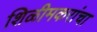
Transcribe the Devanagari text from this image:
शिळीमकरांचा